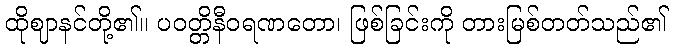
ထိုဈာနင်တို့၏။ ပဝတ္တိနီဝရဏတော၊ ဖြစ်ခြင်းကို တားမြစ်တတ်သည်၏